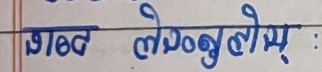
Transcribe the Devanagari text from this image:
शब्द लेस्नुहोस् :